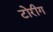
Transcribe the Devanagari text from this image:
टोरीग